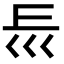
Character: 𡿰